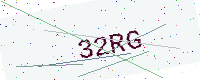
Text: 32RG